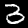
Label: 3